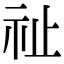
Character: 祉